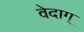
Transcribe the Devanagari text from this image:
वेदाग्